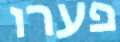
פערו